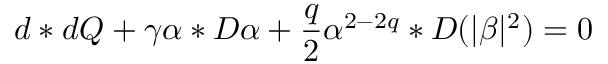
d * d Q + \gamma \alpha * { \cal { D } } \alpha + \frac { q } { 2 } \alpha ^ { 2 - 2 q } * { \cal { D } } ( | \beta | ^ { 2 } ) = 0